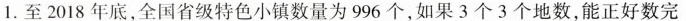
1.至2018年底，全国省级特色小镇数量为996个，如果3个3个地数，能正好数完